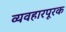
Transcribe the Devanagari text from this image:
व्यवहारपूरक